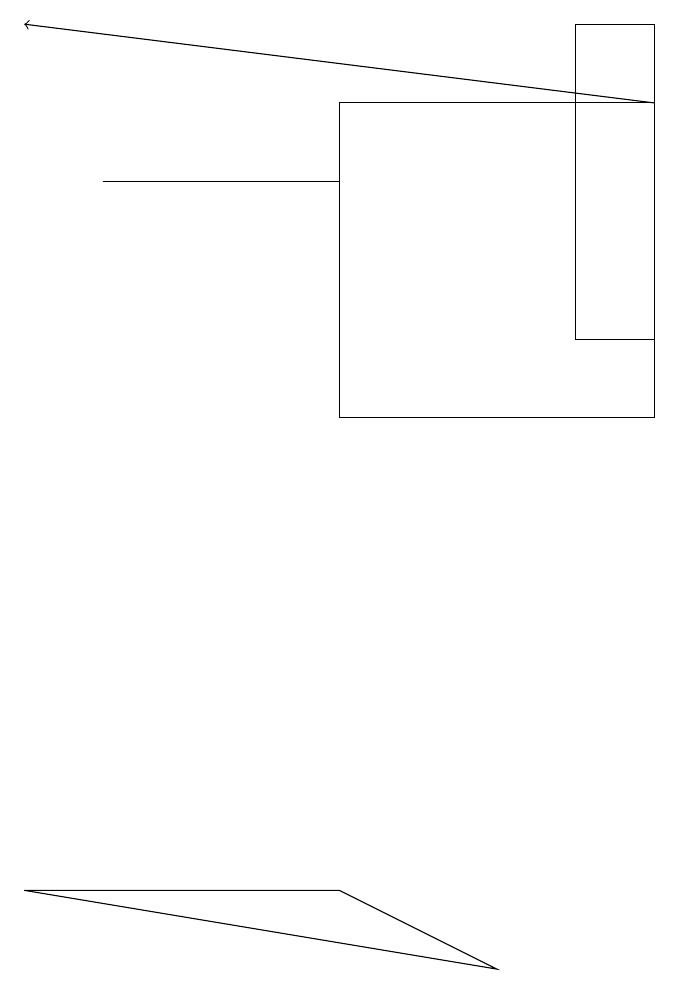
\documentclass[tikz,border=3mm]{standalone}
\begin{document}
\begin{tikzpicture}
\draw (0,4) -- (4,4) -- (6,3) -- cycle;
\draw[->] (8,14) -- (0,15);
\draw (7,15) rectangle (8,11);
\draw (1,13) rectangle (4,13);
\draw (8,10) rectangle (4,14);
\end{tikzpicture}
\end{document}